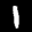
Label: 1